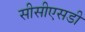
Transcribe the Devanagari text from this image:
सीसीएसडी